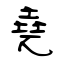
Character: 堯